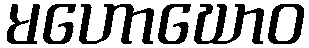
မဟောဃောဝ